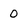
Character: 0